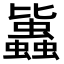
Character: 𧔻